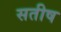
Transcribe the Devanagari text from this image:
सतीष